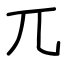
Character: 兀